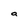
Character: a